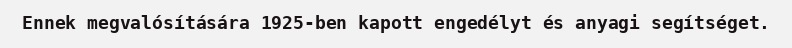
Ennek megvalósítására 1925-ben kapott engedélyt és anyagi segítséget.